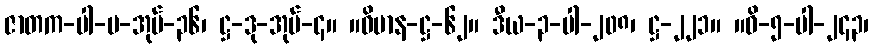
ဇာတက-ပါ-ပ-အုပ်-၃၆၊ ဋ္ဌ-ဒု-အုပ်-၄။ ။ဝိမာန-ဋ္ဌ-၆၂။ ဒီယ-၃-ပါ-၂၀၈၊ ဋ္ဌ-၂၂၁။ ။ဝိ-၅-ပါ-၂၄၃၊